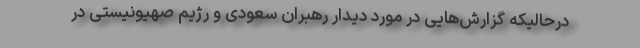
درحالیکه گزارش‌هایی در مورد دیدار رهبران سعودی و رژیم صهیونیستی در